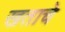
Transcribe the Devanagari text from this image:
खताचे